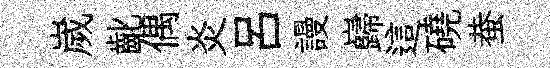
嵗齔偶炎呂謾巋這磽蛬